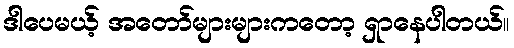
ဒါပေမယ့် အတော်များများကတော့ ရှာနေပါတယ်။